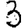
Digit: 3